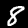
Digit: 8